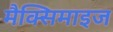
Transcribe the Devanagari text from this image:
मैक्सिमाइज